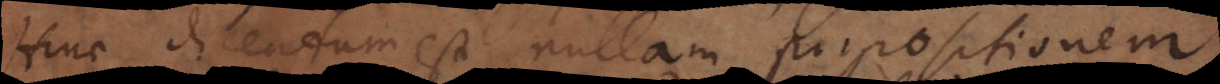
Hinc dicendum est nullam propositionem